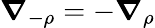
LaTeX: \boldsymbol{\nabla}_{-\rho}=-\boldsymbol{\nabla}_{\rho}